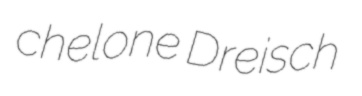
chelone Dreisch